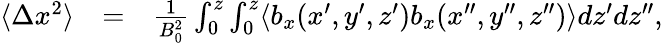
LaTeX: \begin{array}{rlr}{\langle\Delta x^{2}\rangle}&{=}&{\frac{1}{B_{0}^{2}}\int_{0}^{z}\int_{0}^{z}\langle b_{x}(x^{\prime},y^{\prime},z^{\prime})b_{x}(x^{\prime\prime},y^{\prime\prime},z^{\prime\prime})\rangle dz^{\prime}dz^{\prime\prime},}\end{array}